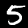
Label: 5